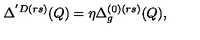
\Delta ^ { ' D ( r s ) } ( Q ) = \eta \Delta _ { g } ^ { ( 0 ) ( r s ) } ( Q ) ,